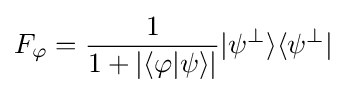
F_{\varphi }={\frac {1}{1+|\langle \varphi |\psi \rangle |}}|\psi ^{\perp }\rangle \langle \psi ^{\perp }|